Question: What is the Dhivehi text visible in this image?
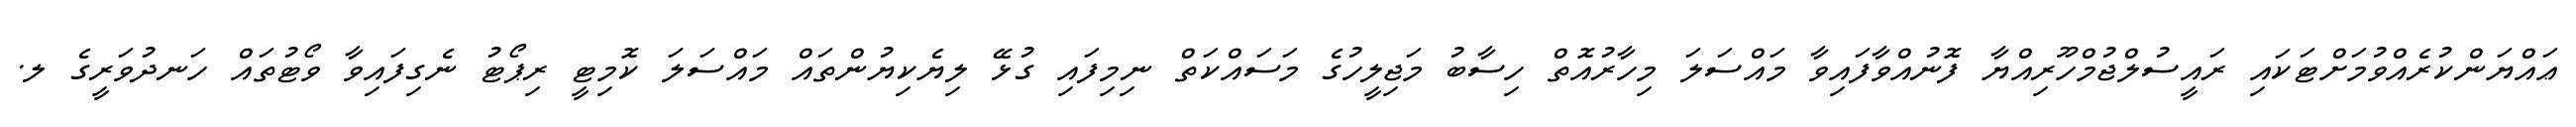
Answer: ޢައްޔަންކުރެއްވުމަށްޓަކައި ރައީސުލްޖުމްހޫރިއްޔާ ފޮނުއްވާފައިވާ މައްސަލަ މިހާރުއޮތް ހިސާބު މަޖިލީހުގެ މަސައްކަތް ނިމިފައި ގުޅޭ ލިޔެކިޔުންތައް މައްސަލަ ކޮމިޓީ ރިޕޯޓު ނެގިފައިވާ ވޯޓުތައް ހަނދުވަރީގެ ލ.